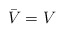
\begin{align*} \bar V = V\end{align*}